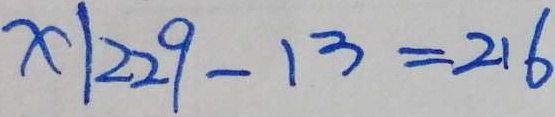
x \vert 2 2 9 - 1 3 = 2 1 6